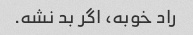
راد خوبه، اگر بد نشه.